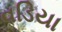
વડિયા